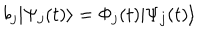
LaTeX: b _ { j } | \Psi _ { j } ( t ) \rangle = \Phi _ { j } ( t ) | \Psi _ { j } ( t ) \rangle